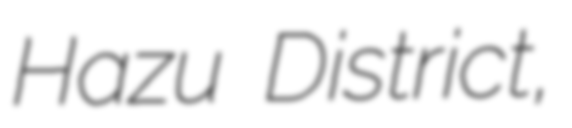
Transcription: Hazu District,